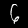
Label: 6